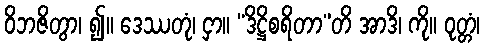
ဝိဘဇိတွာ၊ ၍။ ဒေဿတုံ၊ ငှာ။ “ဒိဋ္ဌိစရိတာ”တိ အာဒိ၊ ကို။ ဝုတ္တံ၊